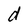
Character: d